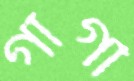
গার্গী